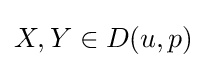
X,Y\in D(u,p)